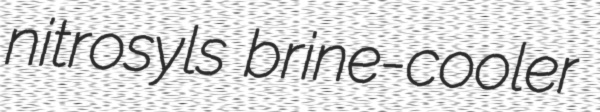
nitrosyls brine-cooler